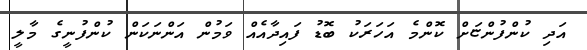
އަދި ކުންފުންޏަށް ކޮންމެ އަހަރަކު ބޮޑު ފައިދާއެއް ވަމުން އަންނަކަން ކުންފުނީގެ މާލީ